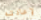
لإعادته